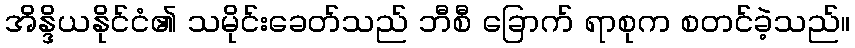
အိန္ဒိယနိုင်ငံ၏ သမိုင်းခေတ်သည် ဘီစီ ခြောက် ရာစုက စတင်ခဲ့သည်။